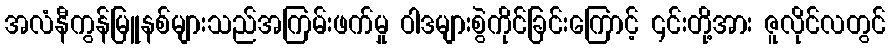
အလံနီကွန်မြူနစ်များသည်အကြမ်းဖက်မှု ဝါဒများစွဲကိုင်ခြင်းကြောင့် ၎င်းတို့အား ဇူလိုင်လတွင်